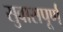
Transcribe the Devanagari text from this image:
सुवासपूर्ण